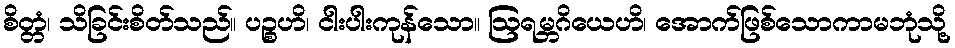
စိတ္တံ၊ သိခြင်းစိတ်သည်။ ပဉ္စဟိ၊ ငါးပါးကုန်သော။ ဩရမ္ဘဂိယေဟိ၊ အောက်ဖြစ်သောကာမဘုံသို့